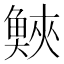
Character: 𩾉